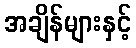
အချိန်များနှင့်